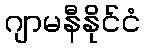
ဂျာမနီနိုင်ငံ